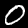
Label: 0